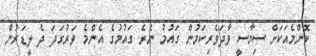
ކޮންމެއަަކަށް ސިޔާސީ ވާދަވެރިކަމުން ގައުމު ނެރެ ގައުމުގެ އެންމެ ވަރުގަދަ ދެ ލީޑަރުން